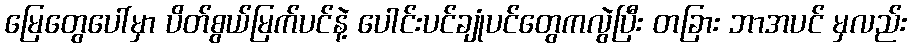
မြေတွေပေါ်မှာ ပိတ်စွယ်မြက်ပင်နဲ့ ပေါင်းပင်ချုံပင်တွေကလွဲပြီး တခြား ဘာအပင် မှလည်း